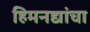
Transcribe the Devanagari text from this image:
हिमनद्यांचा